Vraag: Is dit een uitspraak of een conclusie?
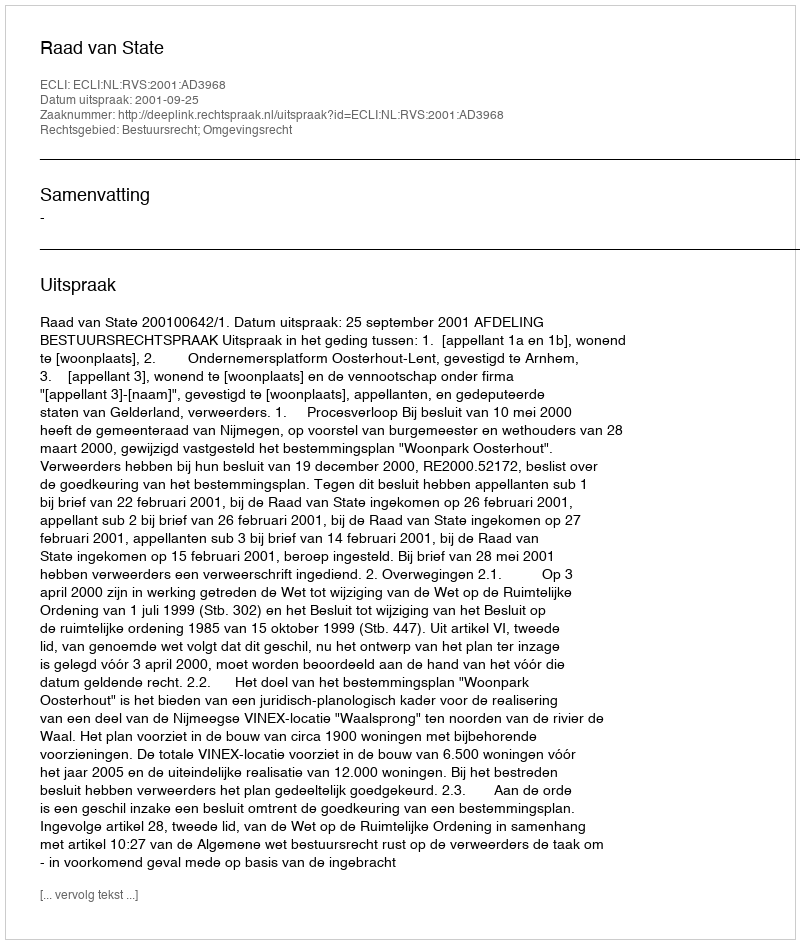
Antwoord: Uitspraak